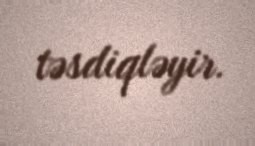
təsdiqləyir.